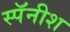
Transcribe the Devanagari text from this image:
स्पॅनीश